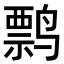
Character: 𬸤